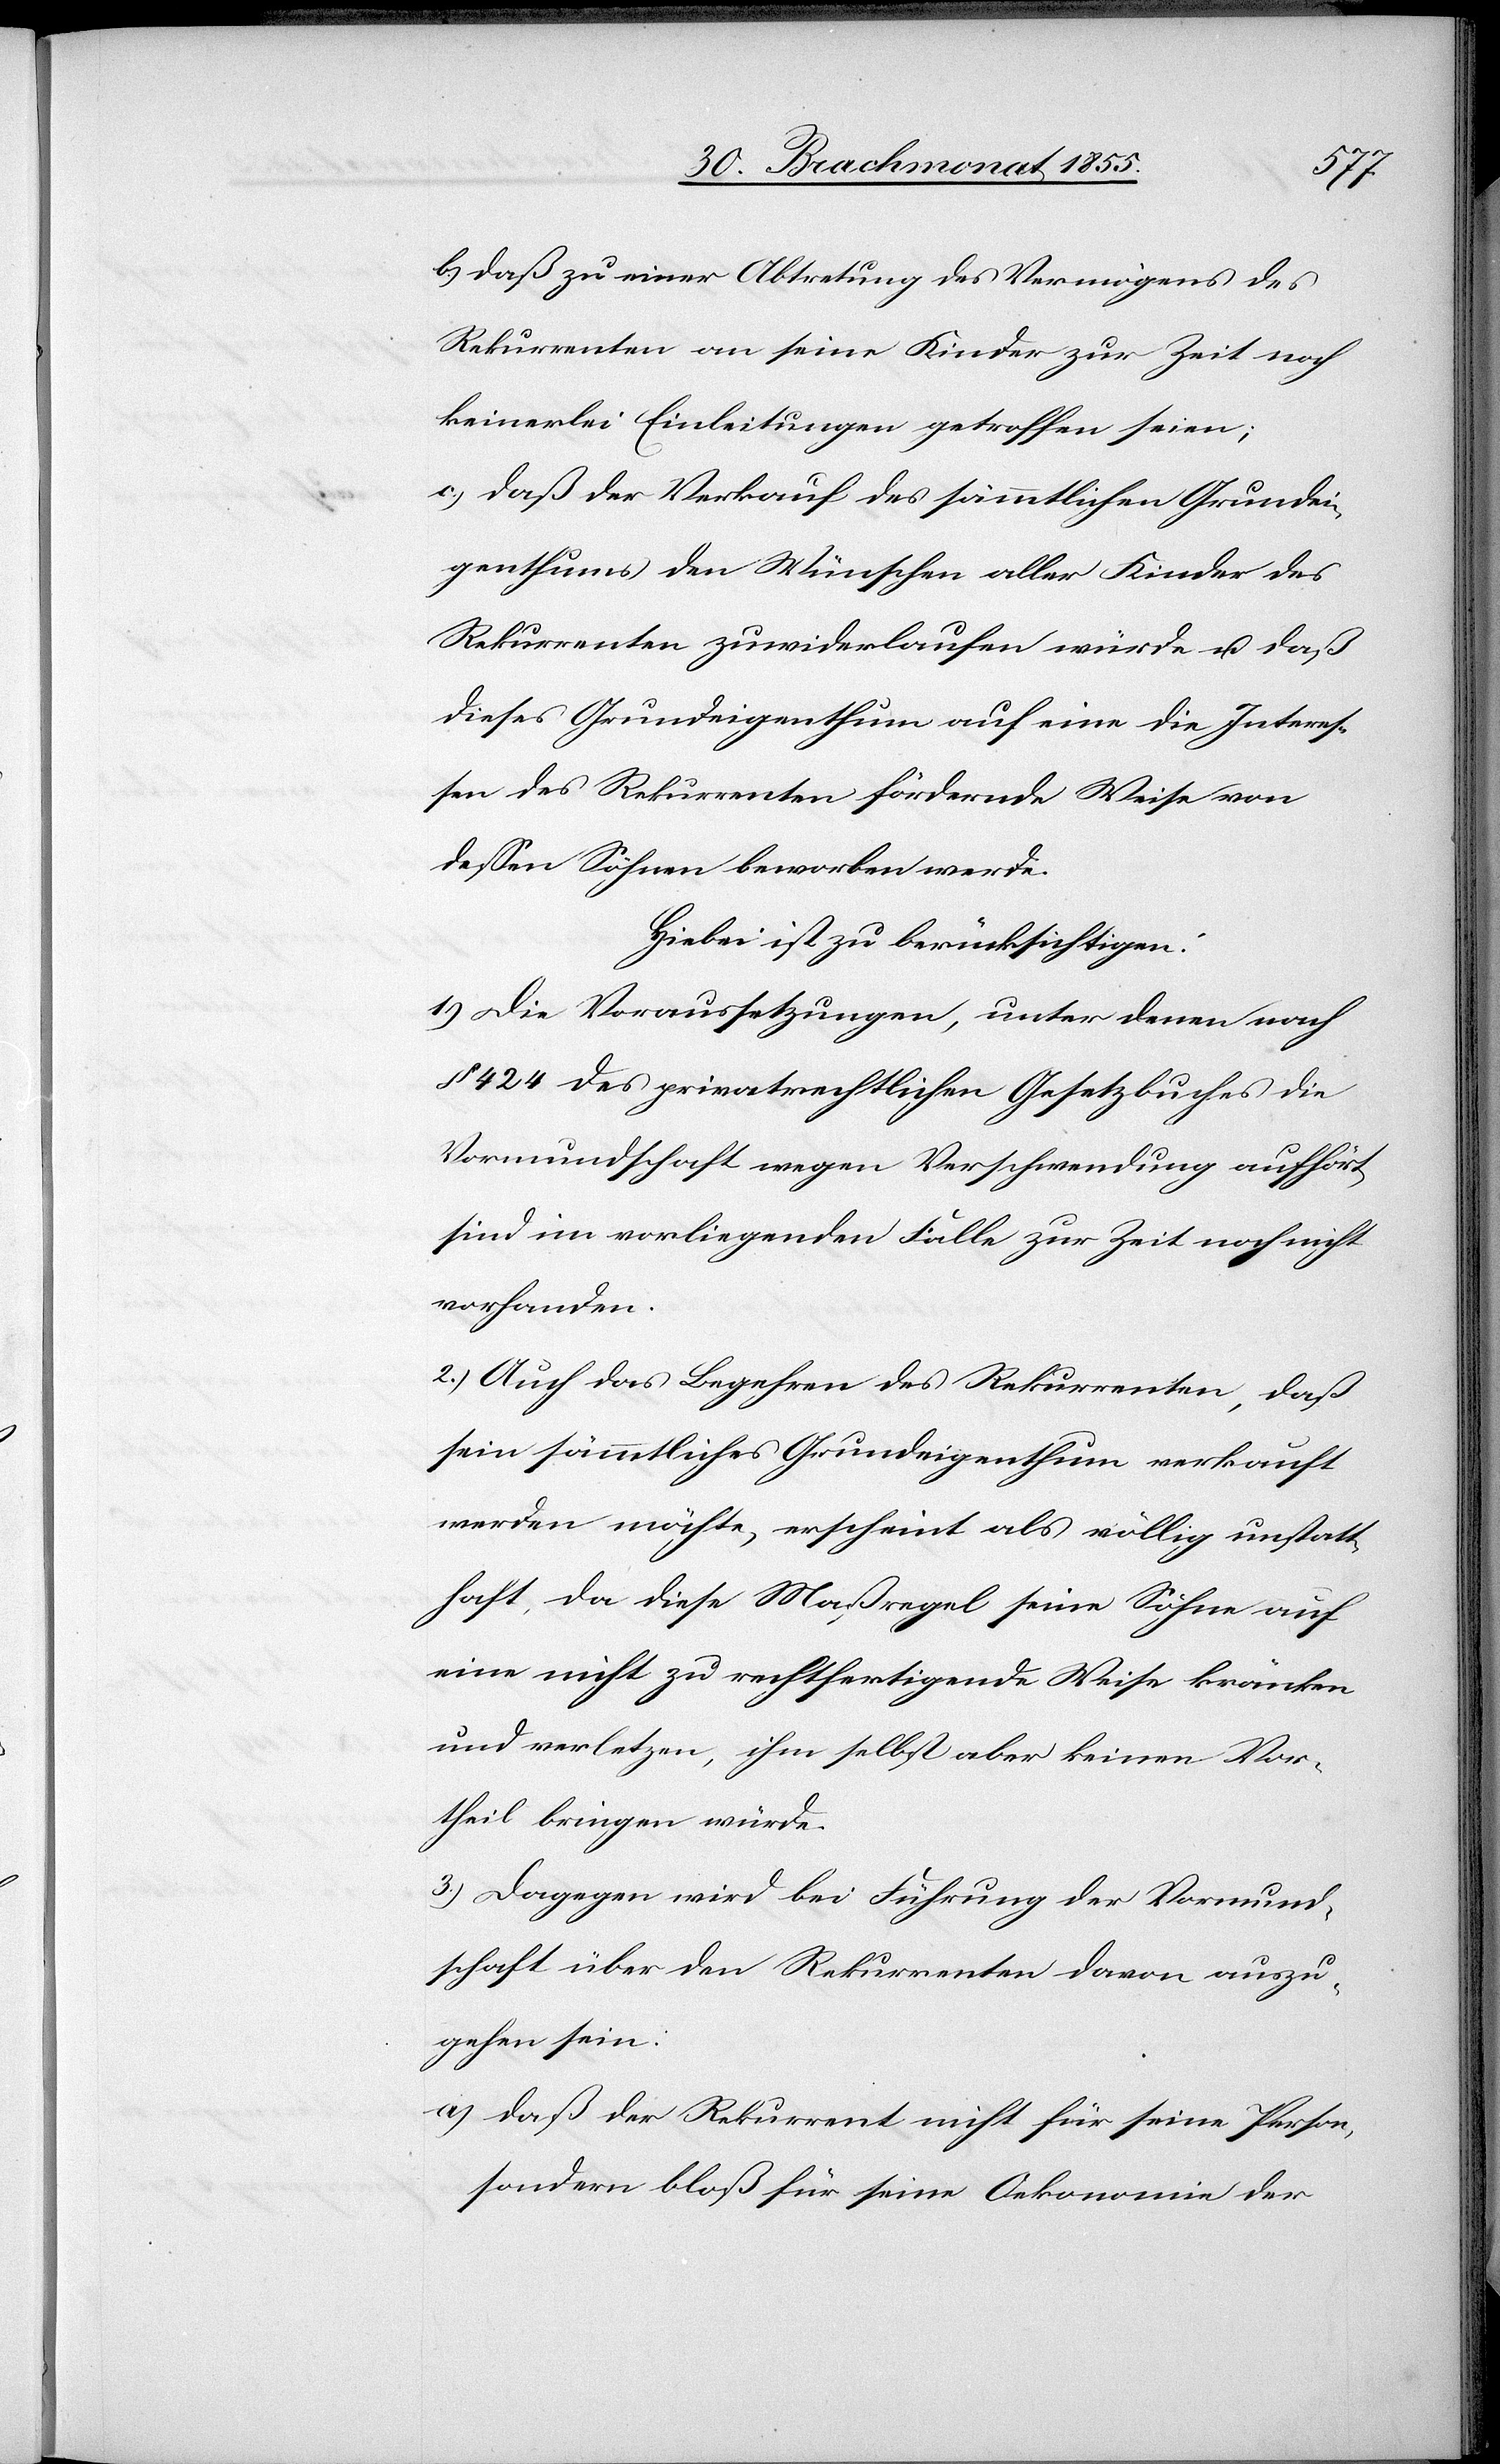
b.) daß zu einer Abtretung des Vermögens des
Rekurrenten an seine Kinder zur Zeit noch
keinerlei Einleitungen getroffen seien;
c.) daß der Verkauf des sämmtlichen Grundei¬
genthums den Wünschen aller Kinder des
Rekurrenten zuwiderlaufen würde u. daß
dieses Grundeigenthum auf eine die Interes¬
sen des Rekurrenten fördernde Weise von
dessen Söhnen beworben werde.
Hiebei ist zu berücksichtigen:
1.) Die Voraussetzungen, unter denen nach
§ 424 des privatrechtlichen Gesetzbuches die
Vormundschaft wegen Verschwendung aufhört,
sind im vorliegenden Falle zur Zeit noch nicht
vorhanden.
2.) Auch das Begehren des Rekurrenten, daß
sein sämmtliches Grundeigenthum verkauft
werden möchte, erscheint als völlig unstatt¬
haft, da diese Maßregel seine Söhne auf
eine nicht zu rechtfertigende Weise kränken
und verletzen, ihm selbst aber keinen Vor¬
theil bringen würde.
3.) Dagegen wird bei Führung der Vormund¬
schaft über den Rekurrenten davon auszu¬
gehen sein:
daß der Rekurrent nicht für seine Person,
sondern bloß für seine Oekonomie der